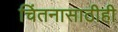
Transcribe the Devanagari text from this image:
चिंतनासाठीही